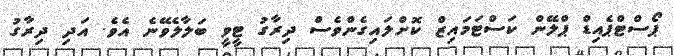
ޕޯސްޓްޕެއިޑް ޕްލޭން ކަސްޓަމައިޒް ކޮށްލައިގެންވެސް ދިރާގު ޓީވީ ބަލާލެވޭނެ އެވެ. އަދި ދިރާގު